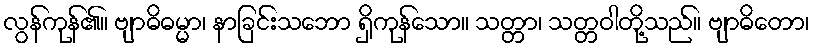
လွန်ကုန်၏။ ဗျာဓိဓမ္မာ၊ နာခြင်းသဘော ရှိကုန်သော။ သတ္တာ၊ သတ္တဝါတို့သည်။ ဗျာဓိတော၊